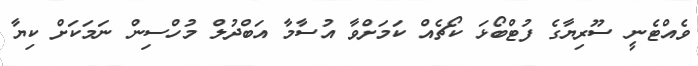
ވެއްޓެނީ ސޫރިޔާގެ ފުޓްބޯޅަ ކޯޗެއް ކަމަށްވާ އުސާމާ އަބްދުލް މުހްސިން ނަމަކަށް ކިޔާ